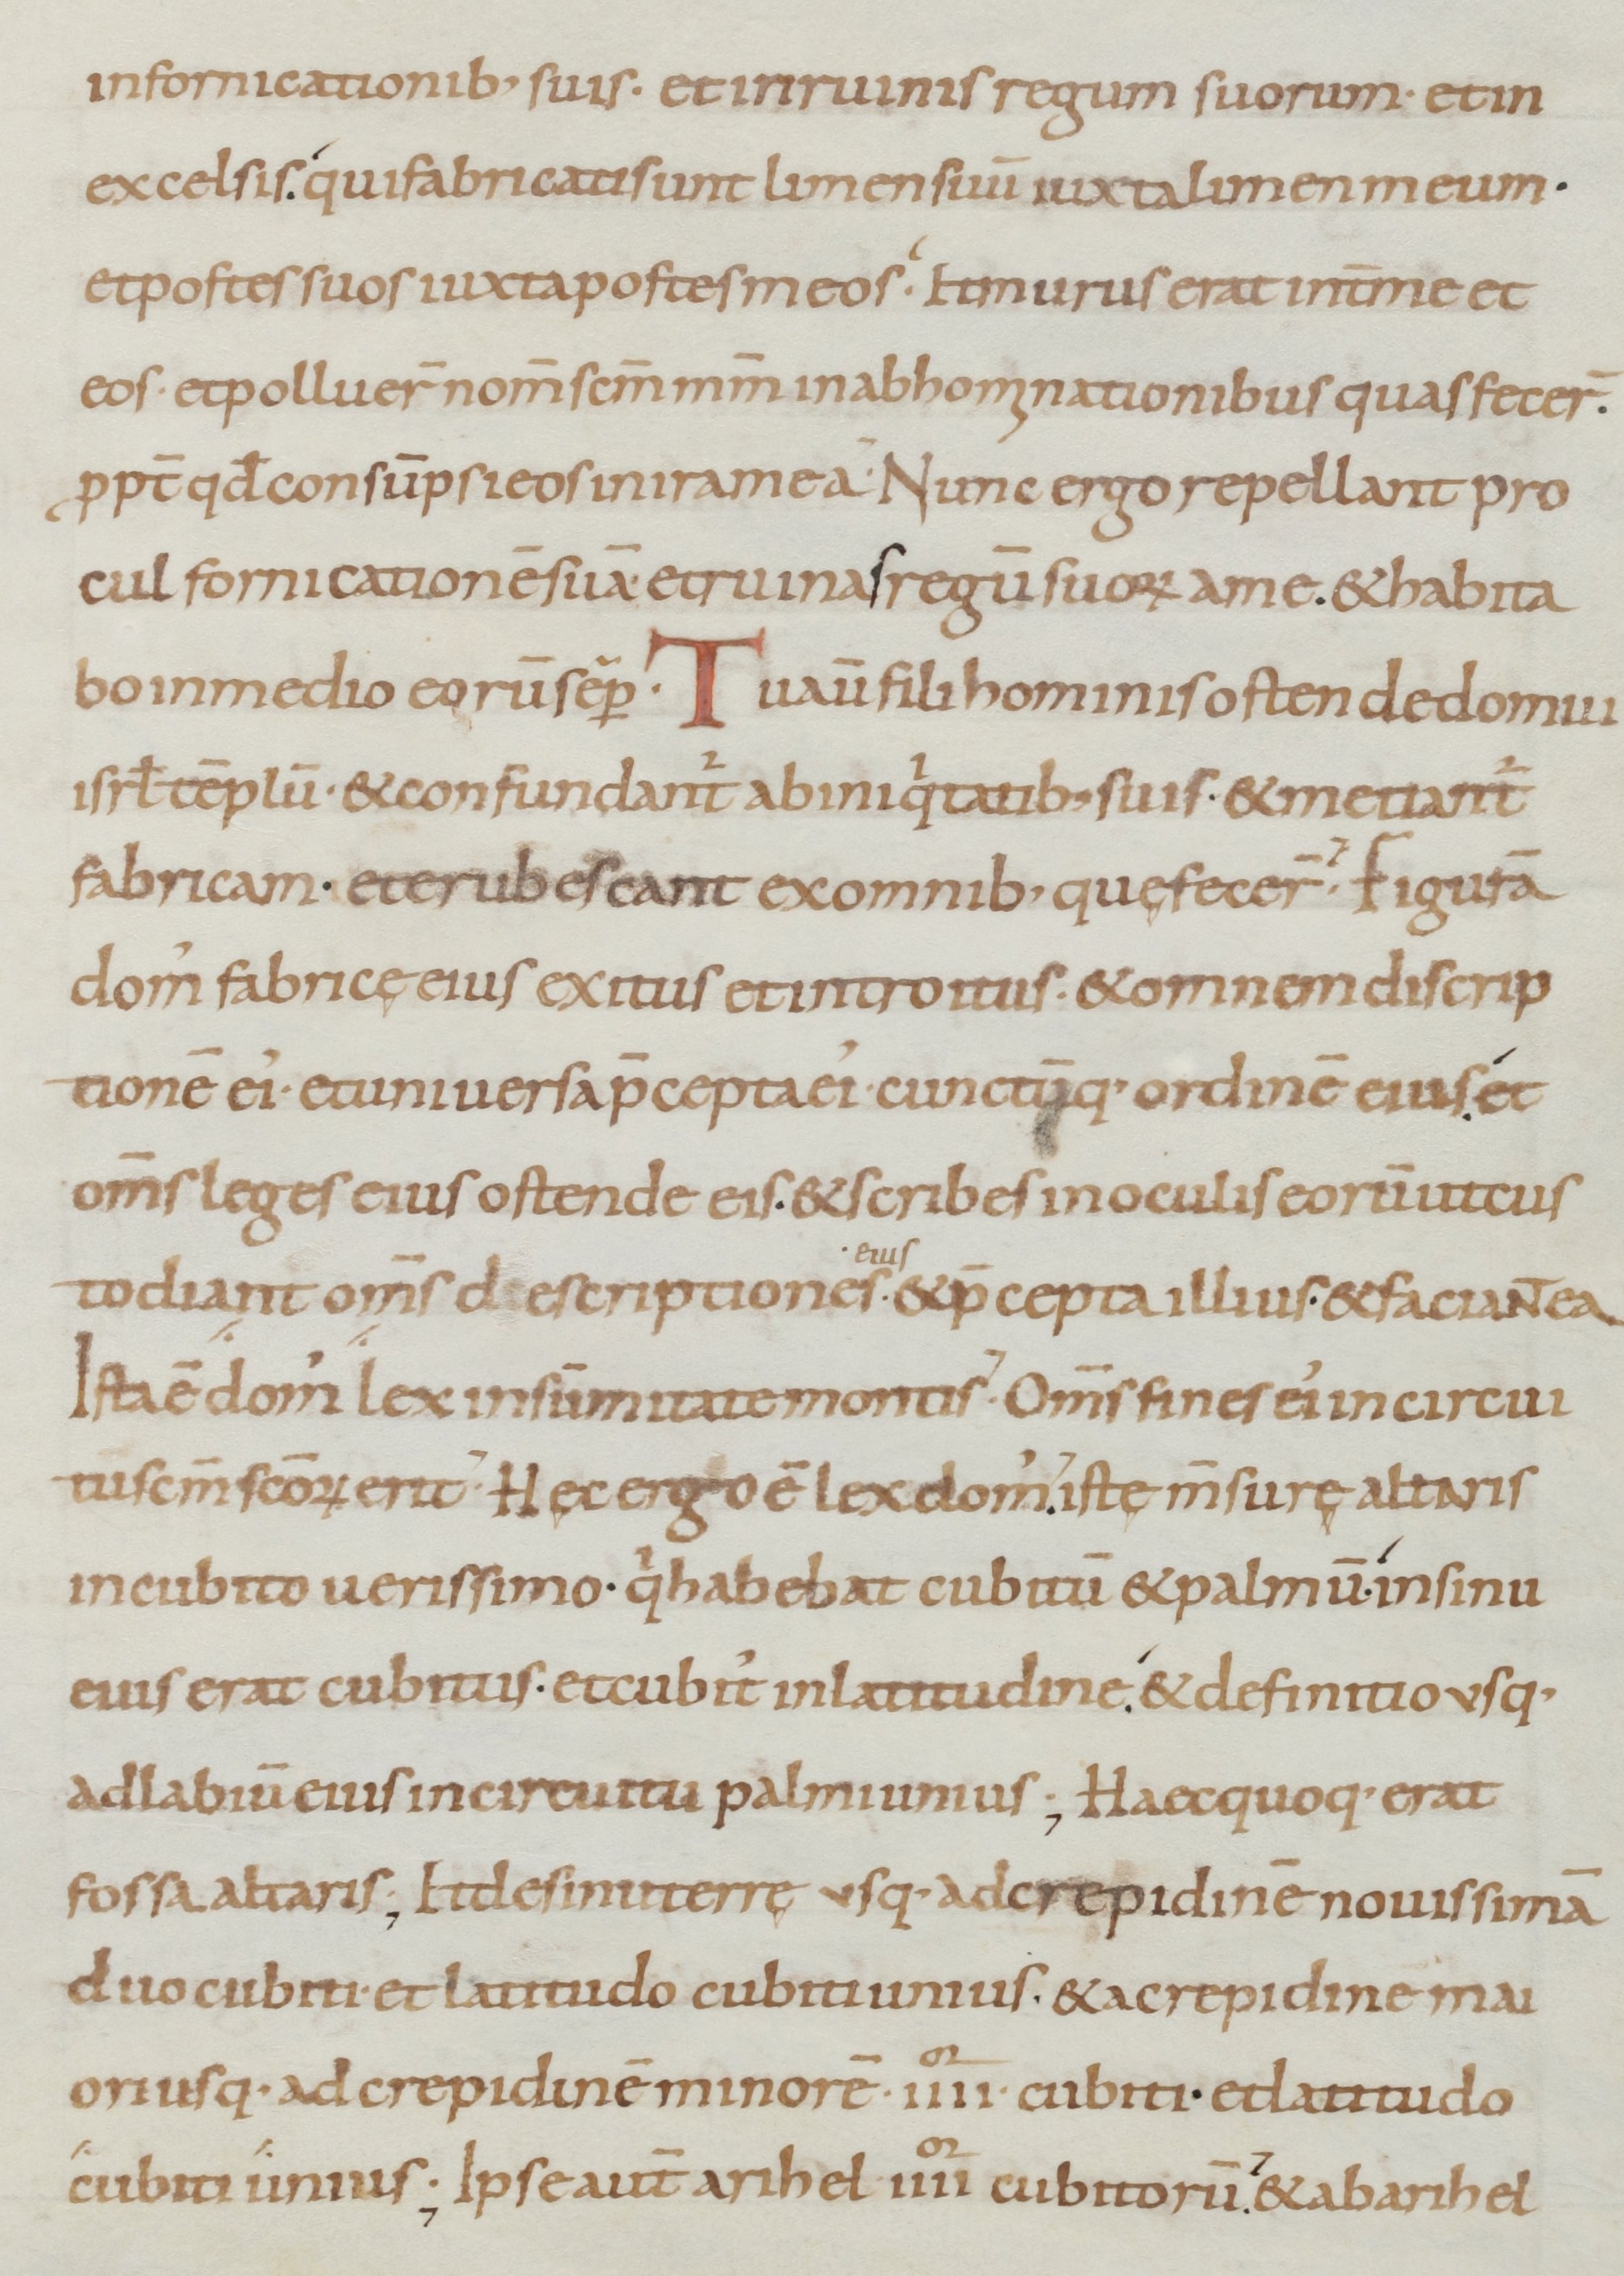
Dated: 800–899